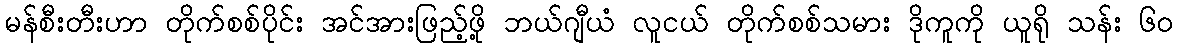
မန်စီးတီးဟာ တိုက်စစ်ပိုင်း အင်အားဖြည့်ဖို့ ဘယ်ဂျီယံ လူငယ် တိုက်စစ်သမား ဒိုကူကို ယူရို သန်း ၆၀